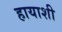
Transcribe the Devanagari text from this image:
हायाशी